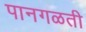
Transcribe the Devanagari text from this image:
पानगळती